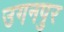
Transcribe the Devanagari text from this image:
उगनपुर